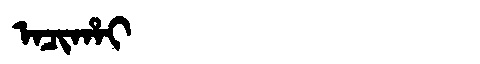
Manchu: ᠠᠴᡳᡥᠠᡳ
Romanization: ACIHAI